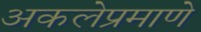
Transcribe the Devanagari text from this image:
अकलेप्रमाणे